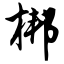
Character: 梆